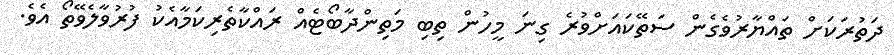
ދަތުރަކަށް ތައްޔާރުވެގެން ސަތޭކައަށްވުރެ ގިނަ މީހުން ތިބި މަތިންދާބޯޓެއް ރައްކާތެރިކަމާއެކު ފުރުވާލެވޭތޯ އެވެ.